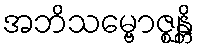
အဘိသမ္ဗောဇ္ဈန္တိ